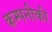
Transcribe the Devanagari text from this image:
कम्पनीकी